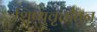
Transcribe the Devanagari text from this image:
शिष्यवृत्तीतून